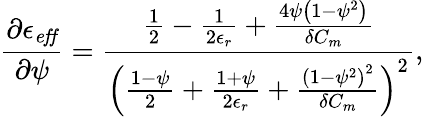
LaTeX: \frac{\partial\epsilon_{\mathit{eff}}}{\partial\psi}=\frac{\frac{1}{2}-\frac{1}{2\epsilon_{r}}+\frac{4\psi\left(1-\psi^{2}\right)}{\delta C_{m}}}{\left(\frac{1-\psi}{2}+\frac{1+\psi}{2\epsilon_{r}}+\frac{\left(1-\psi^{2}\right)^{2}}{\delta C_{m}}\right)^{2}},